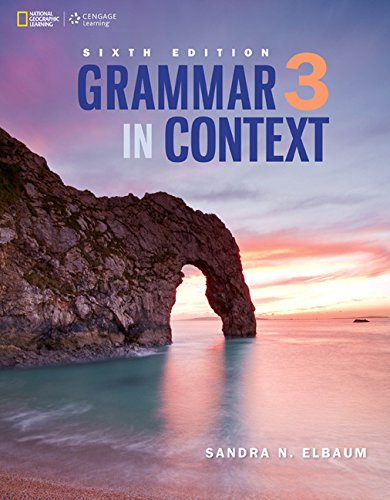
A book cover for Grammar in Context 3 (Grammar In Context (New Edition)); Sandra N. Elbaum; Reference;